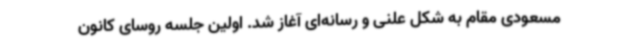
مسعودی مقام به شکل علنی و رسانه‌ای آغاز شد. اولین جلسه روسای کانون